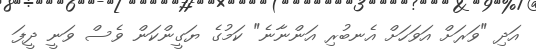
އަދި "ވަރަށް އަވަހަށް އެނބުރި އަންނާނެ" ކަމުގެ ޔަގީންކަން ވެސް ވަނީ ދީފަ